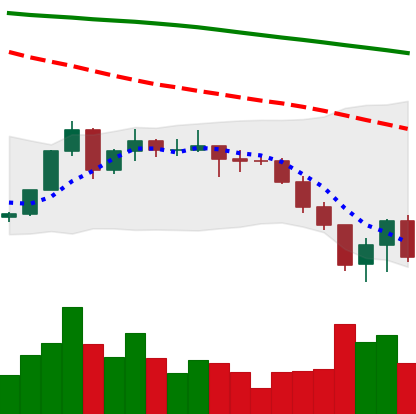
Ticker: XLM-USD
Chart end date: 2022-06-16
Forward return: 4.862%
Label: up_3_5